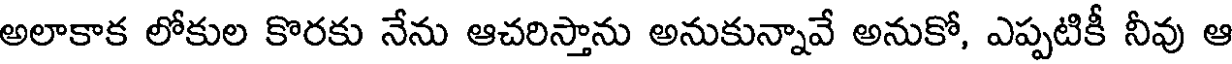
అలాకాక లోకుల కొరకు నేను ఆచరిస్తాను అనుకున్నావే అనుకో, ఎప్పటికీ నీవు ఆ